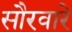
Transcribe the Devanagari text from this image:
सौरवारे